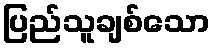
ပြည်သူချစ်သော